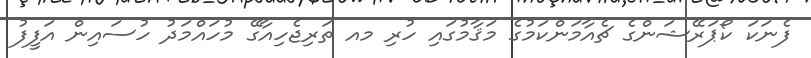
ފެނަކަ ކޯޕަރޭޝަންގެ ޗެއާމަންކަމުގެ މަޤާމުގައި ހުރި މއ ތަރިޖެހިއާގޭ މުހައްމަދު ހުސައިން އަފީފު